Civil Veterinary Dept. Bombay admin report 1923-31 - 1923-1931
Year: 1923
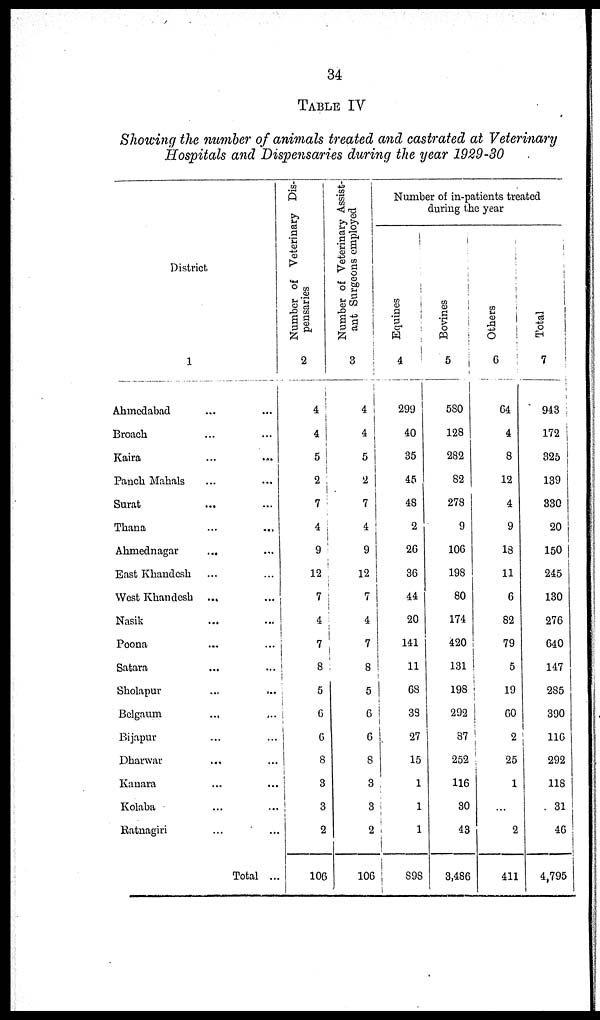
34
TABLE IV
Showing the number of animals treated and castrated at Veterinary
Hospitals and Dispensaries during the year 1929-30
District
1
Ahmedabad ... ...
Broach...
Kaira ... ...
Panch Mahals ... ...
Surat ... ...
Thana ... ...
Ahmednagar ... ...
East Khandesh ... ...
West Khandesh ... ...
Nasik ... ...
Poona ... ...
Satara ... ...
Sholapur ... ...
Belgaum ... ...
Bijapur ... ...
Dharwar ... ...
Kanara ... ...
Kolaba ... ...
Ratnagiri ... ...
Total ...
Number of Veterinary Dis-
pensaries
2
...
4
5
2
7
4
9
12
7
4
7
8
5
6
6
8
3
3
2
106
Number of Veterinary Assist-
ant Surgeons employed
3
4
4
5
2
7
4
9
12
7
4
7
8
5
6
6
8
3
3
2
106
Number of in-patients treated
during the year
Equines
4
299
40
35
45
48
2
26
36
44
20
141
11
68
38
27
15
1
1
1
898
Bovines
5
580
128
282
82
278
9
106
198
80
174
420
131
198
292
87
252
116
30
43
3,486
Others
6
64
4
8
12
4
9
18
11
6
82
79
5
19
60
2
25
1
...
2
411
Total
7
943
172
325
139
330
20
150
245
130
276
640
147
285
390
116
292
118
31
46
4,795